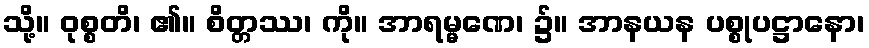
သို့။ ဝုစ္စတိ၊ ၏။ စိတ္တဿ၊ ကို။ အာရမ္မဏေ၊ ၌။ အာနယန ပစ္စုပဋ္ဌာနော၊